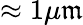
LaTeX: \approx1\mu\mathfrak{m}